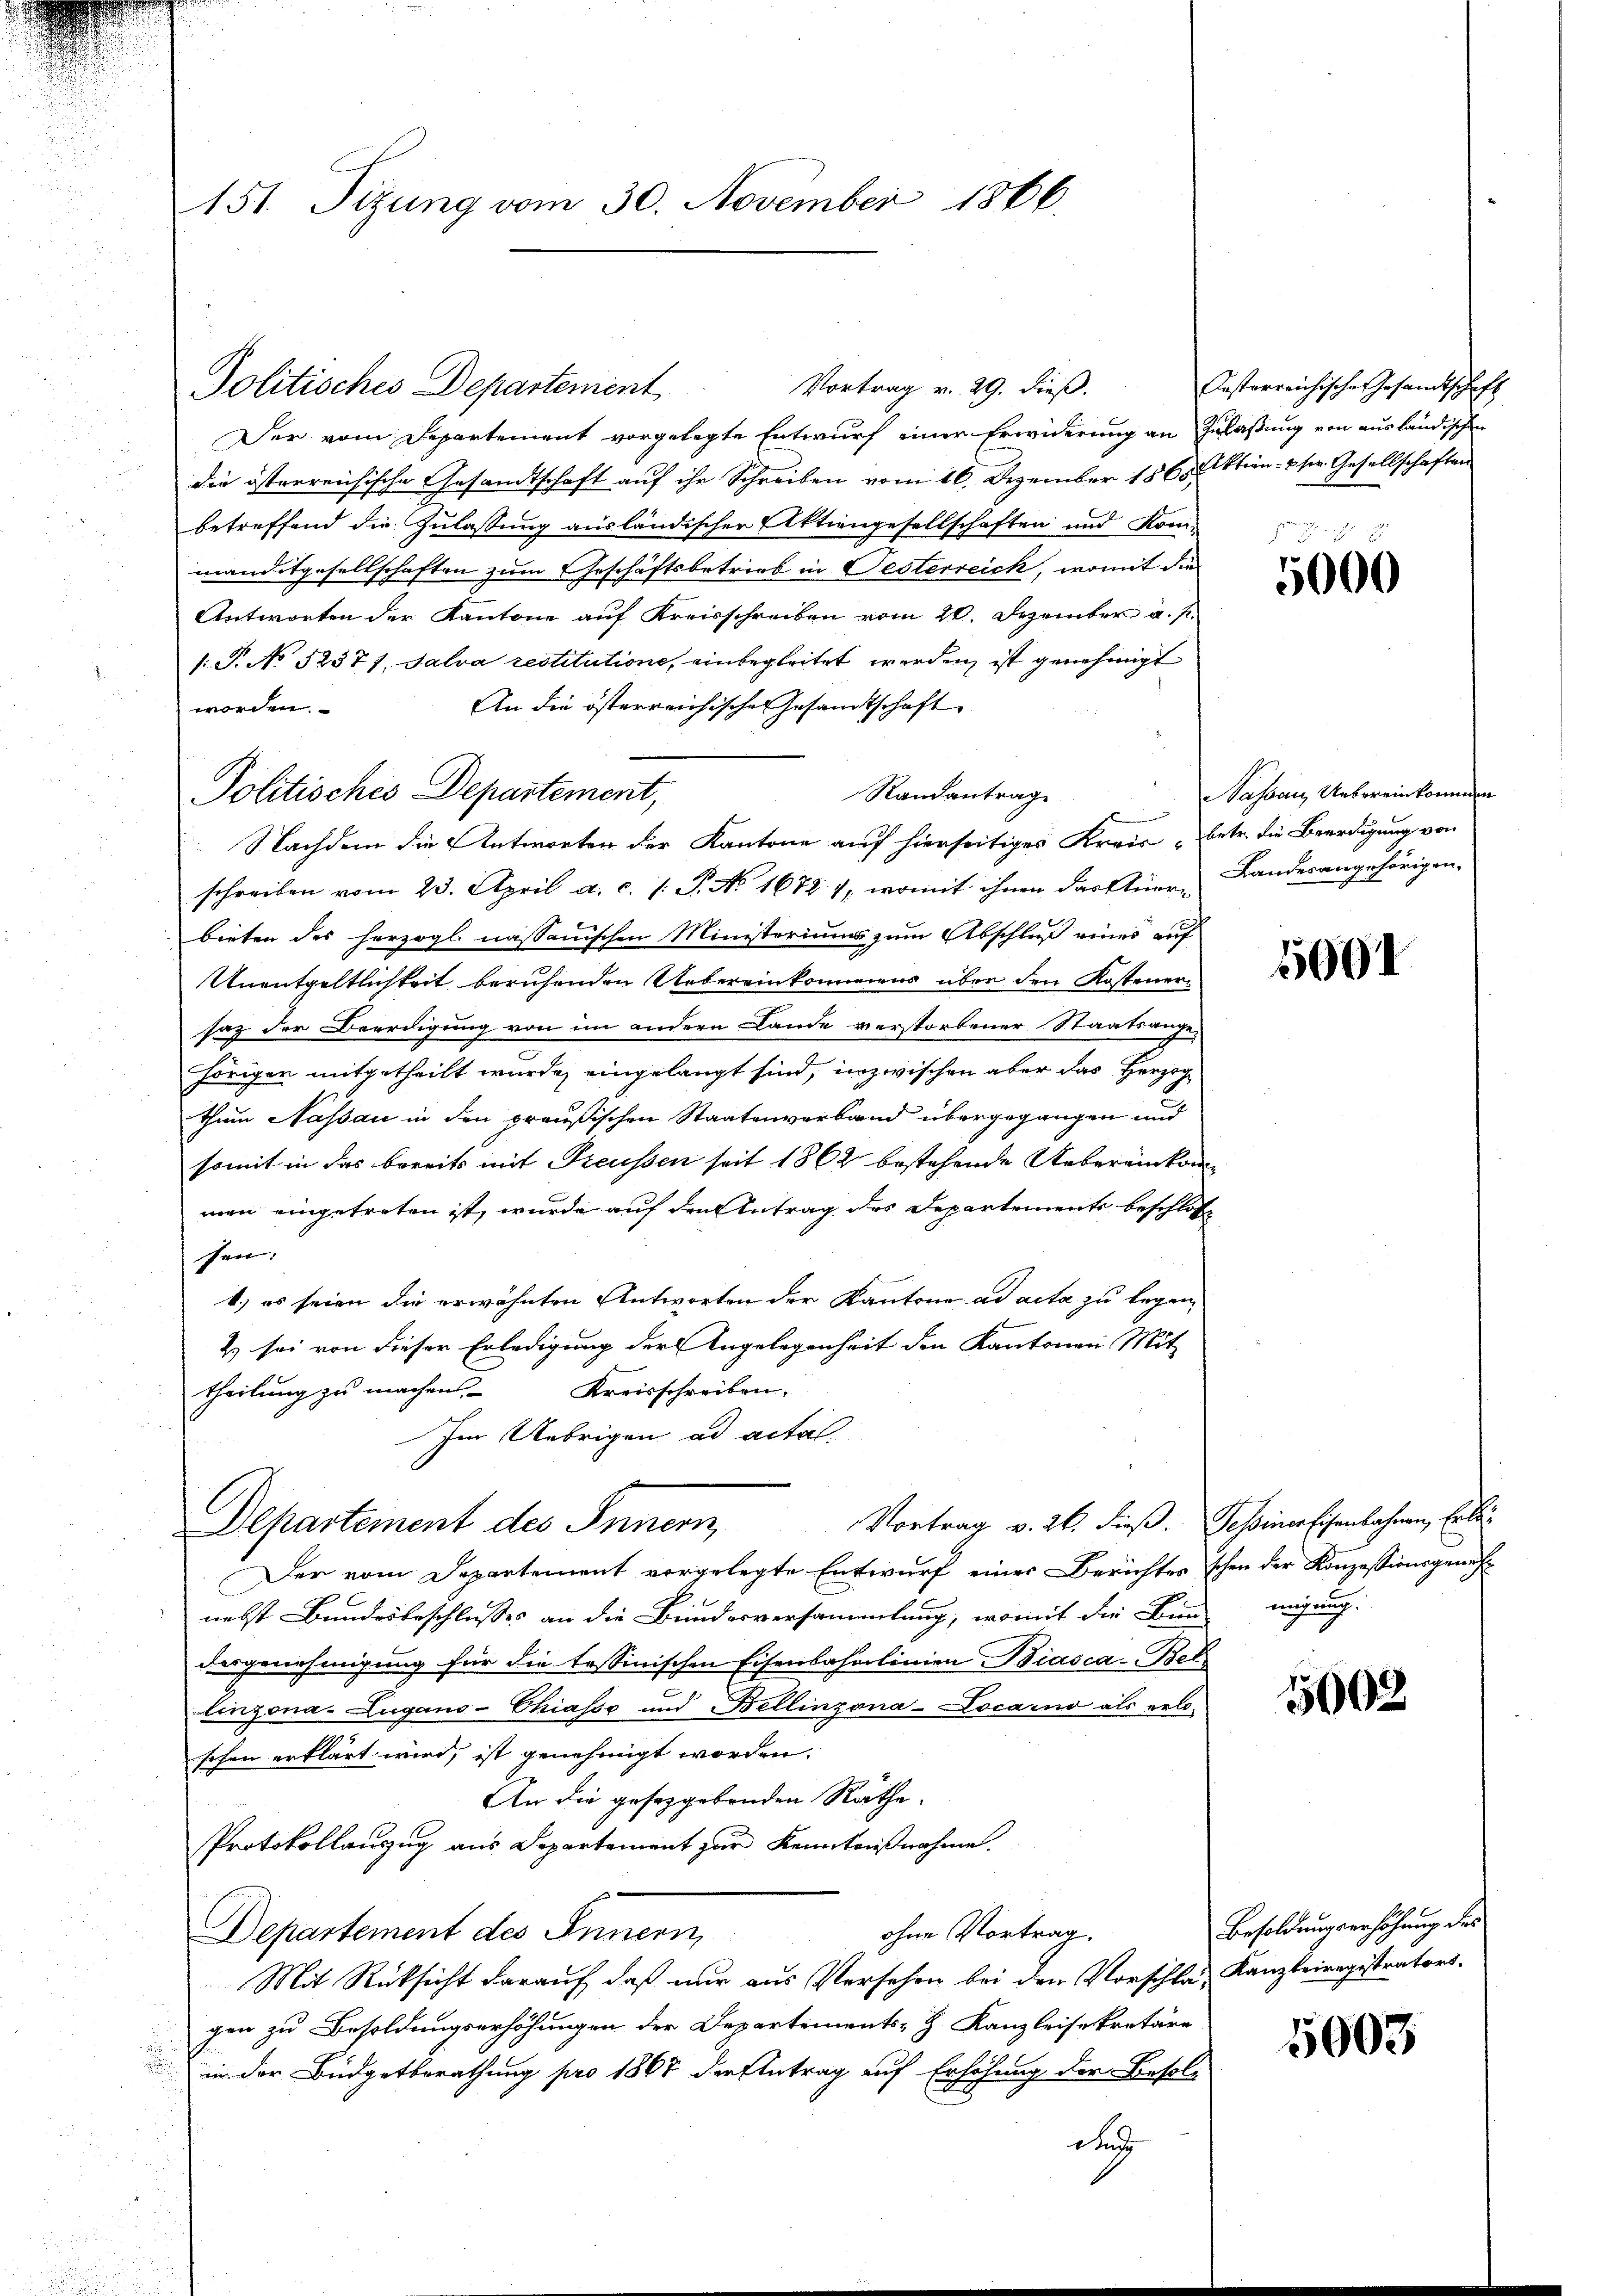
151. Tizung vom 30. November 1866.

Politisches Departement

Vortrag v. 29. dieß.
Der vom Departement vorgelegte Entwurf einer Erwiderung an Zulassung von ausländischen
die österreichische Gesandtschaft auf ihr Schreiben vom 16. Dezember 1865 Aktien- & sr. Gesellschaften
betreffend die Zulassung ausländischer Aktiengesellschaften und Kom-
manditgesellschaften zum Geschäftsbetrieb in Testerreich, womit die
Antworten der Kantone auf Kreisschreiben vom 20. Dezember a. p.
/: P. No 1237), Salva restitutione, einbegleitet werden, ist genehmigt
An die österreichischer Gesamtschaft
worden.
Randantrag
schreiben vom 23. April a. c. /: P. No. 16724, womit ihnen das Auer, Landesangehörigen-
bieten des herzogl. nassanischen Ministeriums zum Abschluß einer auf
Unentgeltlichkeit beruhenden Uebereinkommens über den Kostenersaz der Beerdigung von im andern Lande verstorbener Staatsangehörigen mitgetheilt wurde, eingelangt sind, inzwischen aber das Herzog
thum Nassau in den preußischen Staatenverband übergegangen und
somit in das bereits mit Freussen seit 1862 bestehende Uebereinkommen eingetreten ist, wurde auf den Antrag des Departements beschlos
sen:
4.) es seien die erwähnten Antworten der Kantone ad acta zu legen,
2) sei von dieser Erledigung der Angelegenheit den Kantonen Mit
theilung zu machen Kreisschreiben.
Im Uebrigen ad actal-
Vortrag v. 26. dieß. Tessiner Eisenbahnen, Erben
Departement des Innern,
Der vom Departement vorgelegte Entwurf einer Berichtes schon der Konzessionsgeneh-
nebst Bundesbeschlusses an die Bundesversammlung, womit die Fun
desgenehmigung für die tessinischen Eisenbahnlinien Biasca-Bet
linzona - Zugano-Chiasso und Bellinzona-Locarno als erlo-
schen erklärt wird, ist genehmigt worden.
An die gesetzgebenden Räthe.
Protokollauszug aus Departement zur Kenntnißnahme.

ohne Vortrag.
Departement des Innern,
Mit Rücksicht darauf, daß nur aus Versehen bei den Vorschlaf, Kanzleiregistrators.
gen zu Besoldungserhöhungen der Departements- & Kanzleisekretäre
in der Büdgetberathung pro 1867 der Antrag auf Erlösung der Besold
d

Politisches Departement,
Nachdem die Antworten der Kantone auf hierseitiges Kreis- betr. die Beerdigung von

Oesterreichische Gesandtschaft

5000

Sassau Uebereinkommen

5001

nihung.

5002

Besoldungserhöhung des

5003